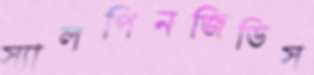
স্যালপিনজিডিস